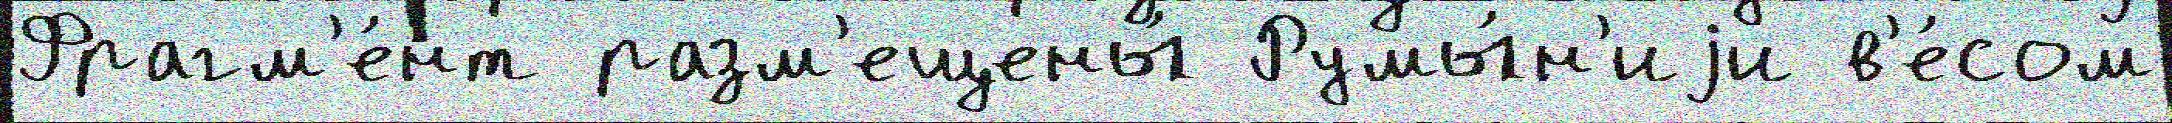
Фрагм'е́нт разм'ещены́ Румы́н'иjи в'е́сом